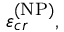
\varepsilon _ { c r } ^ { \left( \mathrm { N P } \right) } ,